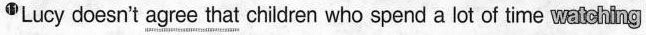
11Lucy doesn't \underline{agree that} children who spend a lot of time watching